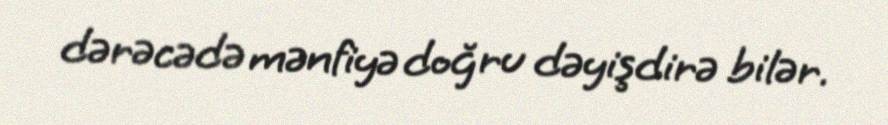
dərəcədə mənfiyə doğru dəyişdirə bilər.